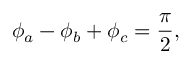
\phi _ { a } - \phi _ { b } + \phi _ { c } = \frac { \pi } { 2 } ,